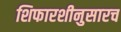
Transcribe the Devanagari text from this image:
शिफारशीनुसारच